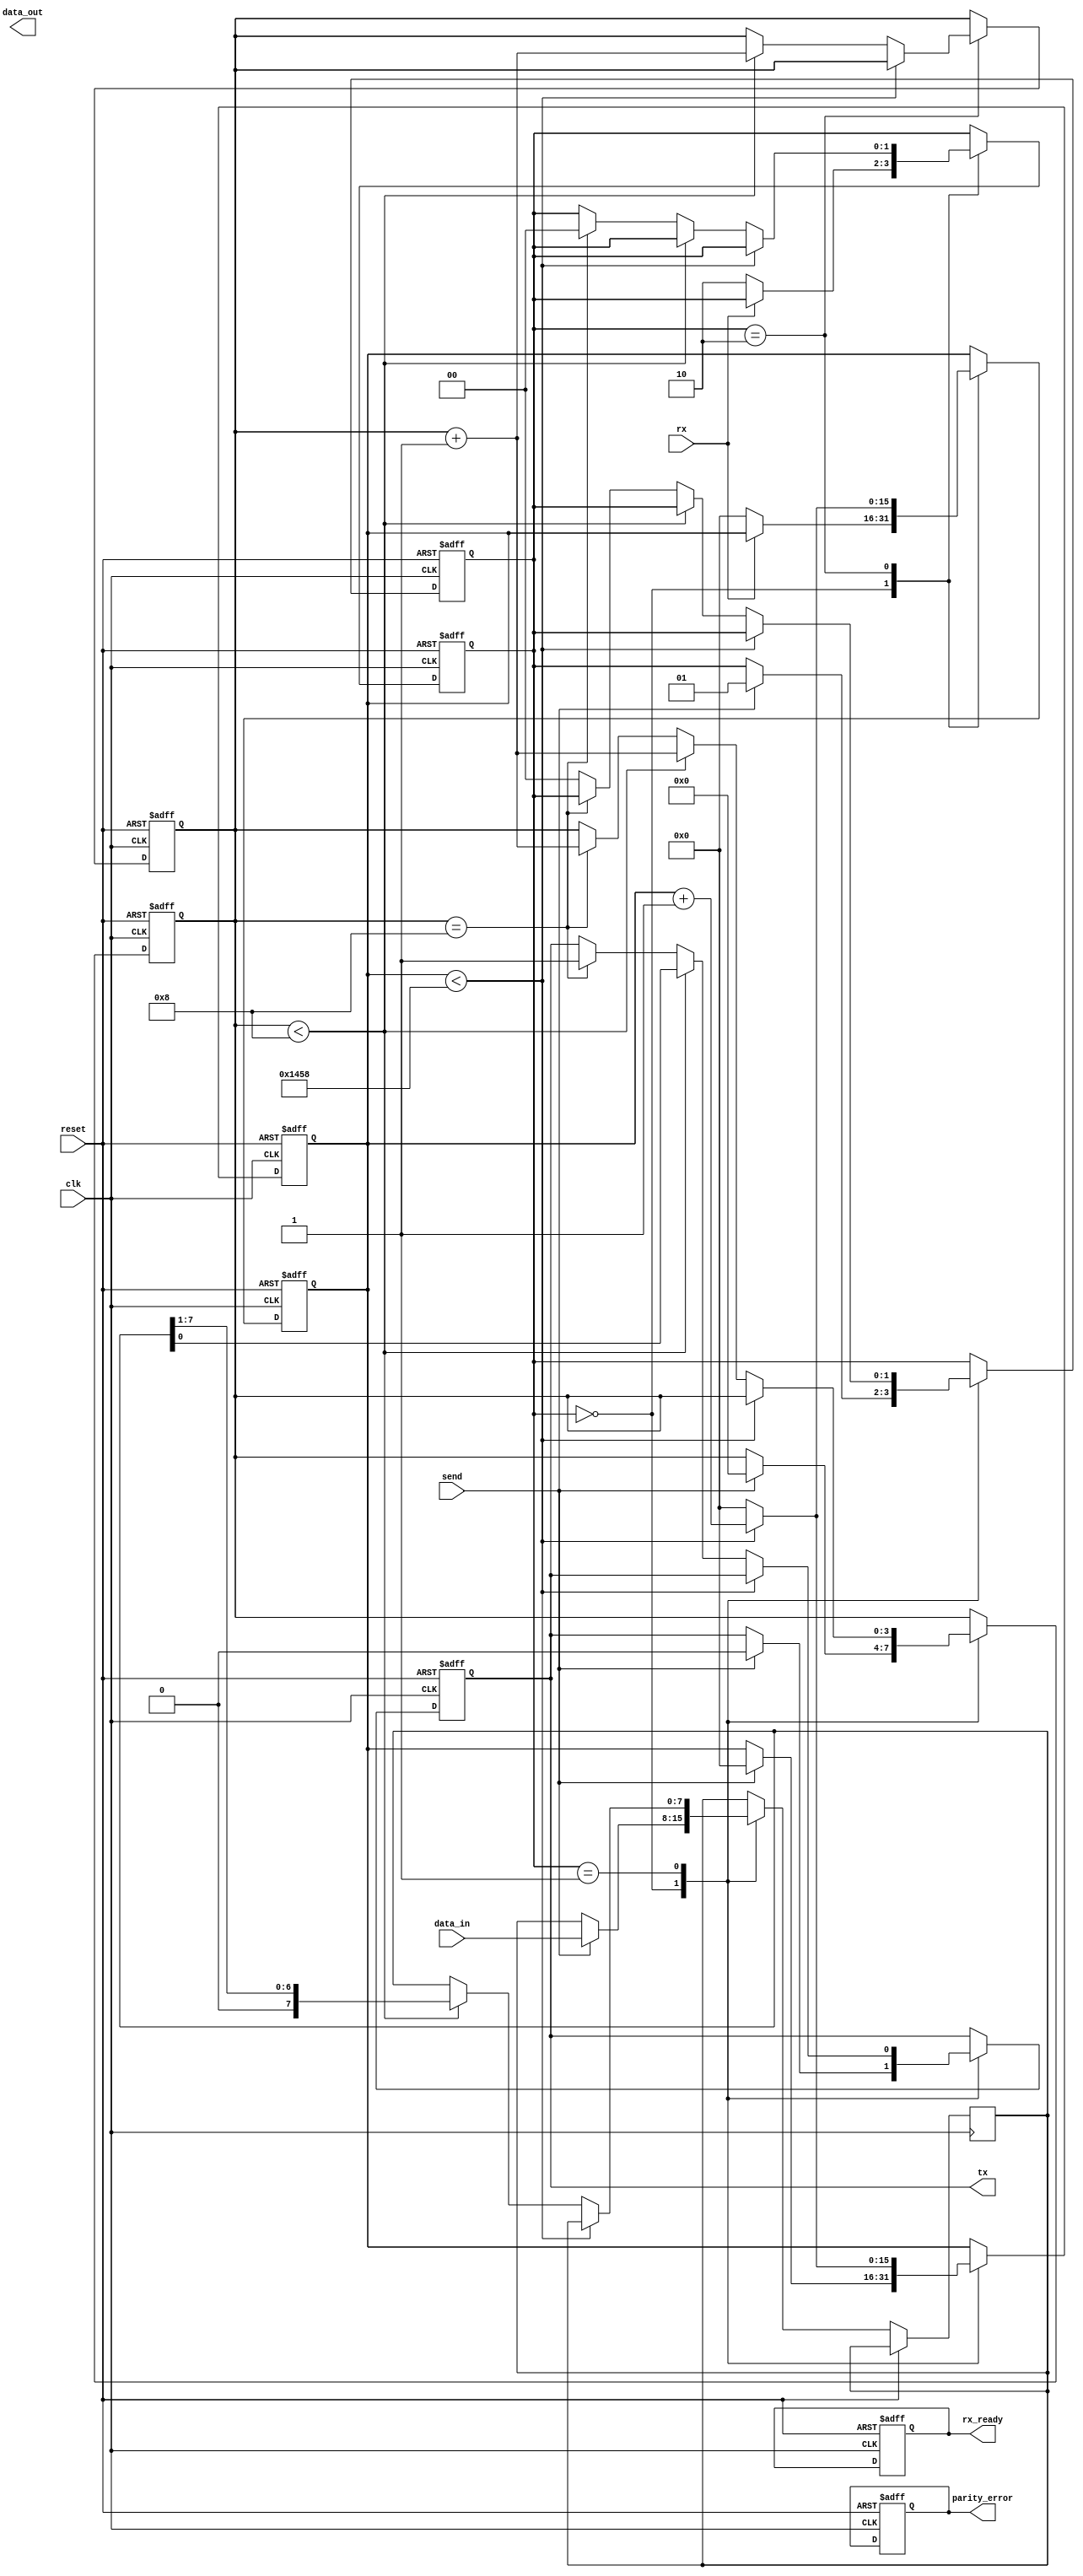
module parameterized_uart #(
    parameter BAUD_RATE = 9600,
    parameter DATA_BITS = 8,
    parameter STOP_BITS = 1,
    parameter PARITY = "NONE" // Options: "NONE", "EVEN", "ODD"
)(
    input wire clk,
    input wire reset,
    input wire rx,          // Serial input
    output reg tx,         // Serial output
    input wire [DATA_BITS-1:0] data_in, // Parallel data input
    input wire send,       // Signal to send data
    output reg [DATA_BITS-1:0] data_out, // Parallel data output
    output reg rx_ready,   // Data received flag
    output reg parity_error // Parity error flag
);

// Baud rate generator parameters
localparam CLOCK_FREQ = 50000000; // Example clock frequency (50 MHz)
localparam BAUD_RATE_DIV = CLOCK_FREQ / BAUD_RATE;

// State definitions
localparam IDLE = 2'b00;
localparam SENDING = 2'b01;
localparam RECEIVING = 2'b10;

// Internal signals
reg [1:0] state;
reg [3:0] bit_count;
reg [15:0] baud_counter;
reg [DATA_BITS-1:0] shift_reg;
reg start_bit_detected;
reg [DATA_BITS-1:0] received_data;
reg parity_bit;

// Transmitter logic
always @(posedge clk or posedge reset) begin
    if (reset) begin
        tx <= 1'b1; // Idle state for TX is high
        state <= IDLE;
        baud_counter <= 0;
        bit_count <= 0;
    end else begin
        case (state)
            IDLE: begin
                if (send) begin
                    state <= SENDING;
                    baud_counter <= 0;
                    tx <= 1'b0; // Start bit
                    shift_reg <= data_in; // Load data to shift register
                    bit_count <= 0;
                    parity_bit <= 0;
                    
                    // Calculate parity bit if needed
                    if (PARITY == "EVEN") begin
                        parity_bit <= ~^data_in;
                    end else if (PARITY == "ODD") begin
                        parity_bit <= ^data_in;
                    end
                end
            end
            SENDING: begin
                if (baud_counter < BAUD_RATE_DIV) begin
                    baud_counter <= baud_counter + 1;
                end else begin
                    baud_counter <= 0;
                    if (bit_count < DATA_BITS) begin
                        tx <= shift_reg[0]; // Send the next bit
                        shift_reg <= {1'b0, shift_reg[DATA_BITS-1:1]}; // Shift left
                        bit_count <= bit_count + 1;
                    end else if (bit_count == DATA_BITS) begin
                        if (STOP_BITS == 1) begin
                            tx <= 1'b1; // Stop bit
                            bit_count <= bit_count + 1;
                        end else begin
                            tx <= 1'b1; // First stop bit
                            bit_count <= bit_count + 1;
                        end
                    end else if (STOP_BITS == 2 && bit_count == DATA_BITS + 1) begin
                        tx <= 1'b1; // Second stop bit
                        state <= IDLE; // Return to idle state
                    end else begin
                        state <= IDLE; // Return to idle state
                    end
                end
            end
        endcase
    end
end

// Receiver logic
always @(posedge clk or posedge reset) begin
    if (reset) begin
        state <= IDLE;
        baud_counter <= 0;
        bit_count <= 0;
        rx_ready <= 0;
        parity_error <= 0;
    end else begin
        case (state)
            IDLE: begin
                if (rx == 1'b0) begin // Start bit detected
                    start_bit_detected <= 1;
                    baud_counter <= 0;
                    state <= RECEIVING;
                end
            end
            RECEIVING: begin
                if (baud_counter < BAUD_RATE_DIV) begin
                    baud_counter <= baud_counter + 1;
                end else begin
                    baud_counter <= 0;
                    if (bit_count < DATA_BITS) begin
                        received_data[bit_count] <= rx; // Capture the bit
                        bit_count <= bit_count + 1;
                    end else if (bit_count == DATA_BITS) begin
                        if (PARITY == "NONE") begin
                            state <= IDLE; // No parity, go to idle
                        end else begin
                            parity_error <= (PARITY == "EVEN") ? (rx ^ ~^received_data) : (rx ^ ^received_data);
                            state <= IDLE; // Go to idle after checking parity
                        end
                    end
                end
            end
        endcase
    end
end

endmodule